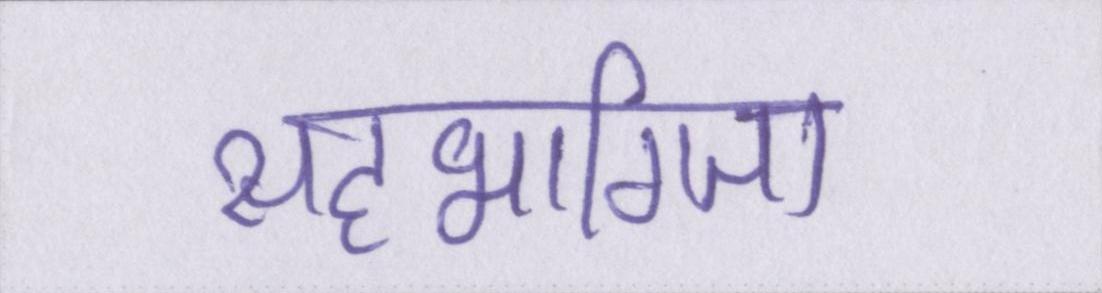
सहभागिता